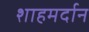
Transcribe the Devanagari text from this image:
शाहमर्दान